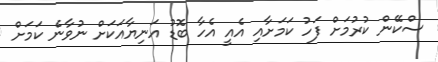
ސްކޭން ކުރުމަށް ފަހު ކަމަށާއި އެއީ އެހާ ބޮޑު އަނިޔާއަކަށް ނުވާނެ ކަމަށް